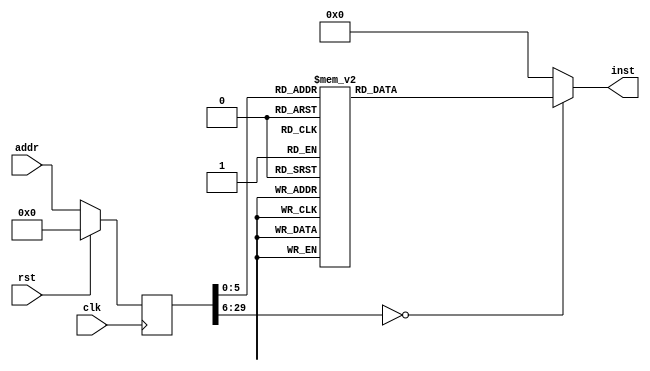
module test_hw(input clk, input rst, input [29:0] addr, output reg [31:0] inst);
reg [29:0] addr_r;
always @(posedge clk)
begin
addr_r <= (rst) ? (30'b0) : (addr);
end
always @(*)
begin
case(addr_r)
30'h00000000: inst = 32'h3c0b1f00;
30'h00000001: inst = 32'h356b00c8;
30'h00000002: inst = 32'h240e0001;
30'h00000003: inst = 32'h8d6f0000;
30'h00000004: inst = 32'h00000000;
30'h00000005: inst = 32'h11ee0015;
30'h00000006: inst = 32'h00000000;
30'h00000007: inst = 32'h3c081f00;
30'h00000008: inst = 32'h350800b0;
30'h00000009: inst = 32'h3c091f00;
30'h0000000a: inst = 32'h352900b4;
30'h0000000b: inst = 32'h3c0a1f00;
30'h0000000c: inst = 32'h354a00c4;
30'h0000000d: inst = 32'h3c0c1f00;
30'h0000000e: inst = 32'h358c00d0;
30'h0000000f: inst = 32'h3c0d1f00;
30'h00000010: inst = 32'h35ad00d4;
30'h00000011: inst = 32'had000000;
30'h00000012: inst = 32'had200000;
30'h00000013: inst = 32'had400000;
30'h00000014: inst = 32'had6e0000;
30'h00000015: inst = 32'had800000;
30'h00000016: inst = 32'hada00000;
30'h00000017: inst = 32'h2409ffff;
30'h00000018: inst = 32'h40896000;
30'h00000019: inst = 32'h240d007f;
30'h0000001a: inst = 32'h408d5800;
30'h0000001b: inst = 32'h24170000;
30'h0000001c: inst = 32'h24100020;
30'h0000001d: inst = 32'h24080020;
30'h0000001e: inst = 32'h15100003;
30'h0000001f: inst = 32'h24170001;
30'h00000020: inst = 32'h08000025;
30'h00000021: inst = 32'h26f70001;
30'h00000022: inst = 32'h3c108000;
30'h00000023: inst = 32'h36100008;
30'h00000024: inst = 32'hae170000;
30'h00000025: inst = 32'h241100fd;
30'h00000026: inst = 32'h3c108000;
30'h00000027: inst = 32'h36100008;
default:      inst = 32'h00000000;
endcase
end
endmodule